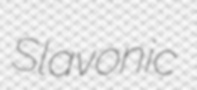
Slavonic